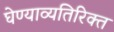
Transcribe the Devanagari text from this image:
घेण्याव्यतिरिक्त